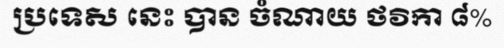
ប្រទេស នេះ បាន ចំណាយ ថវិកា ៨%